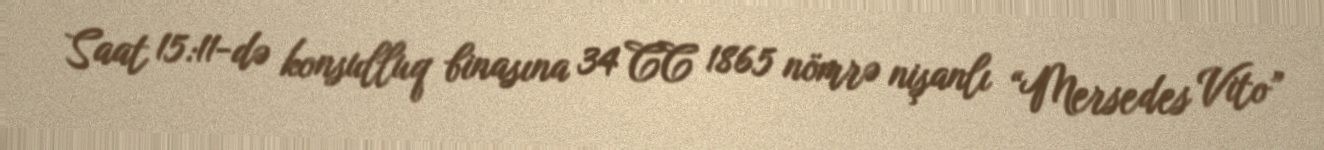
Saat 15:11-də konsulluq binasına 34 CC 1865 nömrə nişanlı “Mersedes Vito”